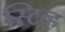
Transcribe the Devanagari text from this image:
स्टिव्ह